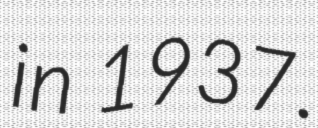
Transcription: in 1937.